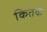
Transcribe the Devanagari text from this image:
कितके